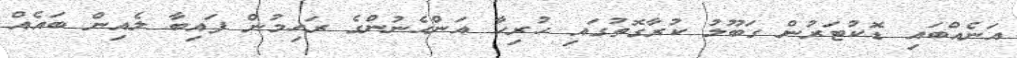
އަނެއްބައި ޑޮކުޓަރުން ގަބޫލު ކުރާގޮތުގައި ހުރިހާ އަންހެނުންގެ ރަހިމުން ފައިބާ ލެއިން ބައެއް